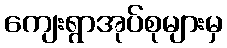
ကျေးရွာအုပ်စုများမှ